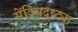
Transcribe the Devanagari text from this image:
सेंद्रियदृष्ट्या